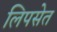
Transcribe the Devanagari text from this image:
लिपसेत